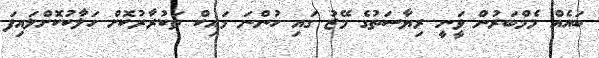
ބައެއް މެމްބަރުން ވަީނީ ރިޔާސަތުގެ މޭޒު ގައި ހުންނަ މައިކް ތަކުރާރުކޮށް ހަލާކުކޮށްލައިފަ